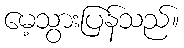
မေ့သွားပြန်သည်။